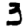
Digit: 3